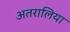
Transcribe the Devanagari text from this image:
अतरालिया